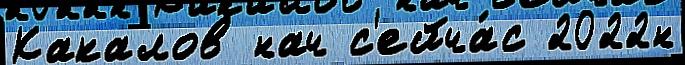
Какалов нач с'ейча́с 2022н